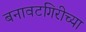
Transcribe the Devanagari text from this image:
बनावटगिरीच्या